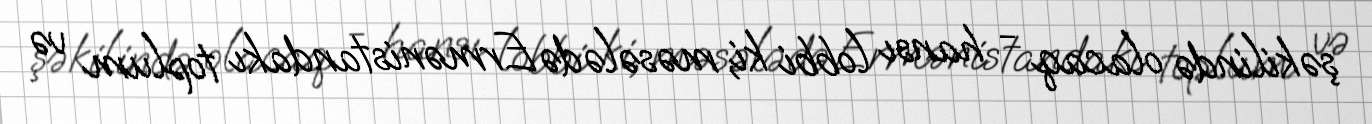
şəkilində olacaq - hansı lobbi ki, məsələdə Ermənistandakı toplum və